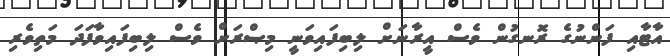
އާޓާއި ފަންނުގެ ރޮނގުން ވެސް އީރާނަށް ލިބިފައިވަނީ މިޞްރަށް ވެސް ލިބިފައިވާފަދަ މަތިވެރި